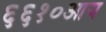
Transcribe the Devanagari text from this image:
६६१०आय